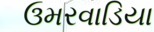
ઉમરવાડિયા